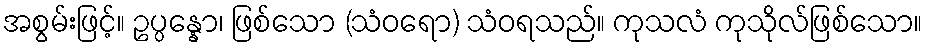
အစွမ်းဖြင့်။ ဥပ္ပန္နော၊ ဖြစ်သော (သံဝရော) သံဝရသည်။ ကုသလံ ကုသိုလ်ဖြစ်သော။